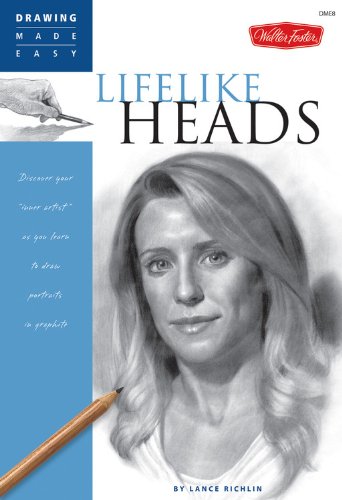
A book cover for Lifelike Heads: Discover your "inner artist" as you learn to draw portraits in graphite (Drawing Made Easy); Lance Richlin; Arts & Photography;